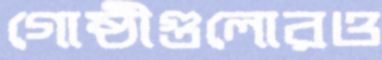
গোষ্ঠীগুলোরও